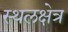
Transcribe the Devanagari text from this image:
स्थलक्षेत्र